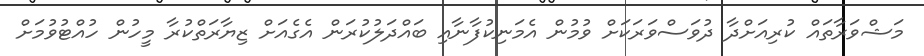
މަޝްވަރާތައް ކުރިއަށްދާ ދުވަސްވަރަކަށް ވުމުން އެމަނިކުފާނާއި ބައްދަލުކުރަން އެގެއަށް ޒިޔާރަތްކުރާ މީހުން ހުއްޓުވުމަށް